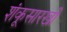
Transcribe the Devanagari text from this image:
शंकूसारखी